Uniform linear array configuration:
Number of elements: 16
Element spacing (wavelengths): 0.75
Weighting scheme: exponential
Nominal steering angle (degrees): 0
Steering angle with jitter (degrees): -0.1093
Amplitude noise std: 0.05
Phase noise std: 0.05

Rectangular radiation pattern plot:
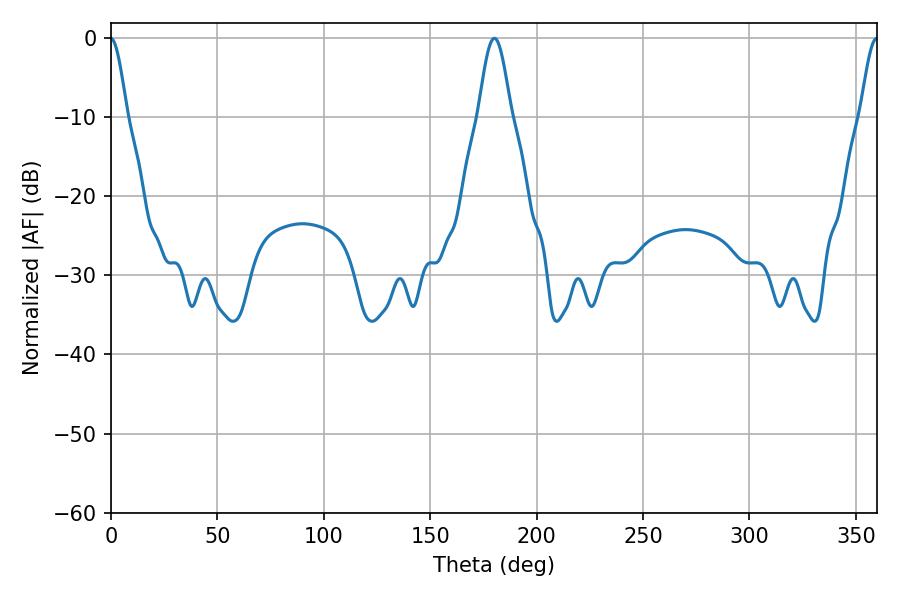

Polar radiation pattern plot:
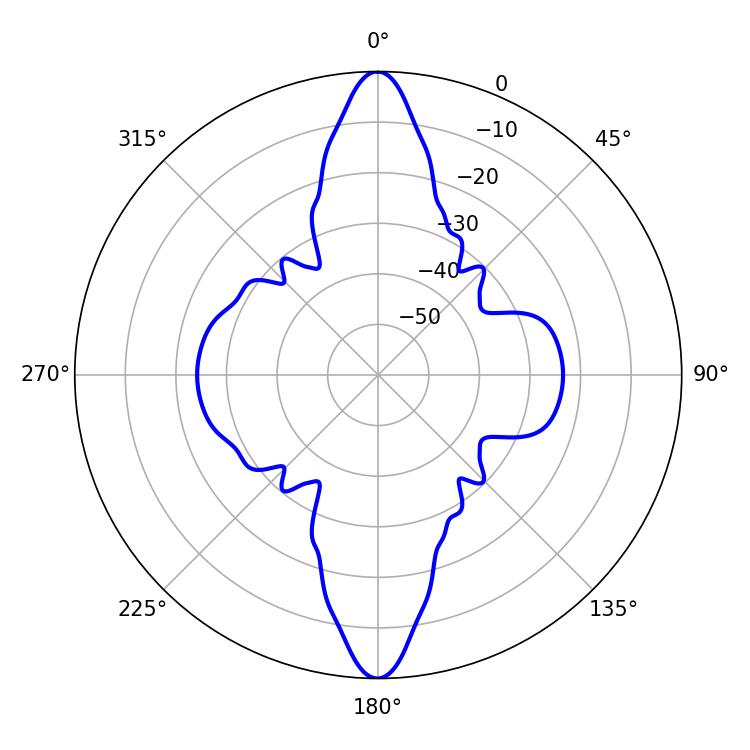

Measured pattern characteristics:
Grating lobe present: TRUE
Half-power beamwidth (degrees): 8.28
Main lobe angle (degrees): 180.18